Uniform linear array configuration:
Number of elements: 64
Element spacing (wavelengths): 0.25
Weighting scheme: exponential
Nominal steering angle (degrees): -60
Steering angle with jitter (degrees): -60.924
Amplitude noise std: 0.05
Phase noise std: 0.05

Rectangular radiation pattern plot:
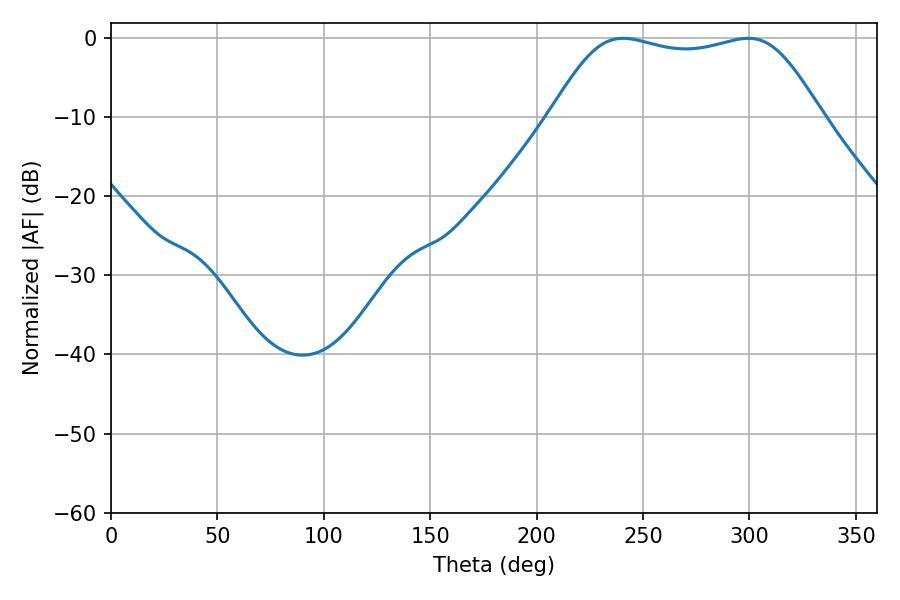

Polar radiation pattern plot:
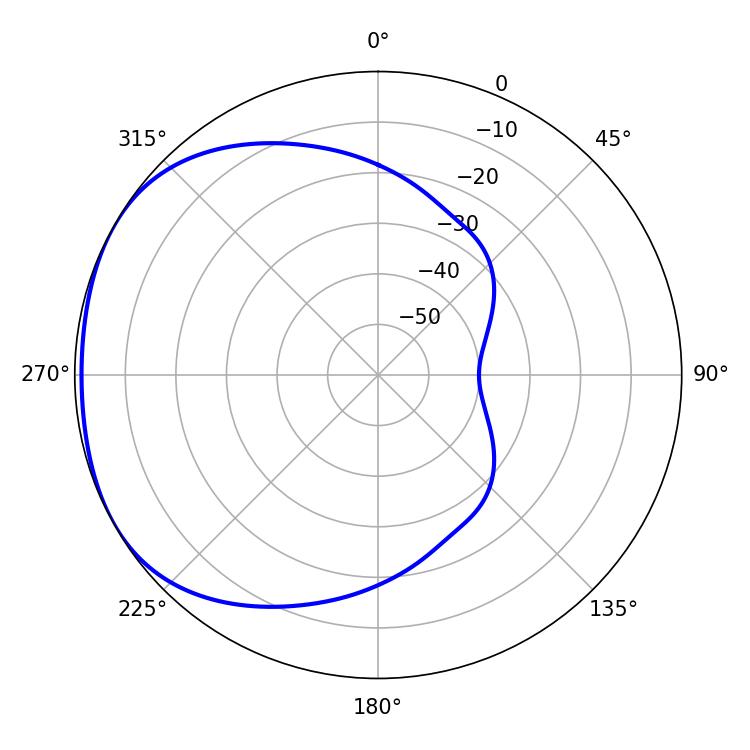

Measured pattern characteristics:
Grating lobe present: FALSE
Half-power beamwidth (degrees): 96.48
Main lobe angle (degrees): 299.34